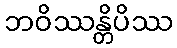
ဘဝိဿန္တိပိဿ